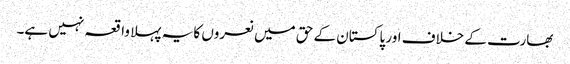
بھارت کے خلاف اور پاکستان کے حق میں نعروں کا یہ پہلا واقعہ نہیں ہے۔